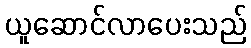
ယူဆောင်လာပေးသည်